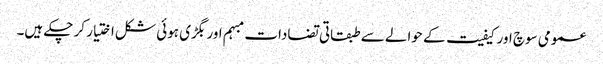
عمومی سوچ اور کیفیت کے حوالے سے طبقاتی تضادات مبہم اور بگڑی ہوئی شکل اختیار کر چکے ہیں۔